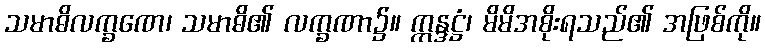
သမာဓိလက္ခဏေ၊ သမာဓိ၏ လက္ခဏာ၌။ ဣန္ဒဋ္ဌံ၊ မိမိအစိုးရသည်၏ အဖြစ်ကို။